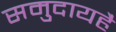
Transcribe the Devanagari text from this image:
समुदायहै